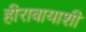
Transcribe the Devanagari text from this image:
हीराबायाशी